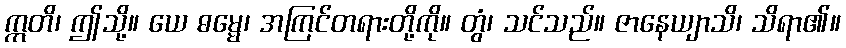
ဣတိ၊ ဤသို့။ ယေ ဓမ္မေ၊ အကြင်တရားတို့ကို။ တွံ၊ သင်သည်။ ဇာနေယျာသိ၊ သိရာ၏။